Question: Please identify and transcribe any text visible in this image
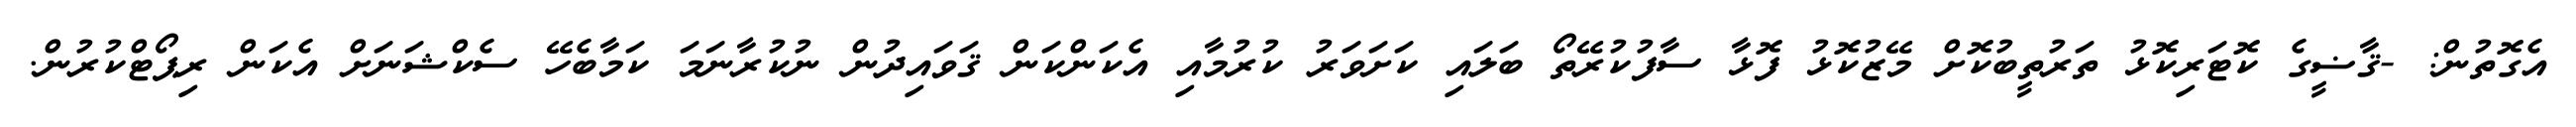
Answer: އެގޮތުން: -ޤާޟީގެ ކޮޓަރިކޮޅު ތަރުތީބުކޮށް މޭޒުކޮޅު ފޮޅާ ސާފުކުރޭތޯ ބަލައި ކަށަވަރު ކުރުމާއި އެކަންކަން ޤަވައިދުން ނުކުރާނަމަ ކަމާބެހޭ ސެކްޝަނަށް އެކަން ރިޕޯޓްކުރުން.